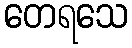
တေရသေ